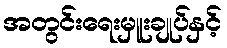
အတွင်းရေးမှူးချုပ်နှင့်